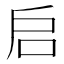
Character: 启